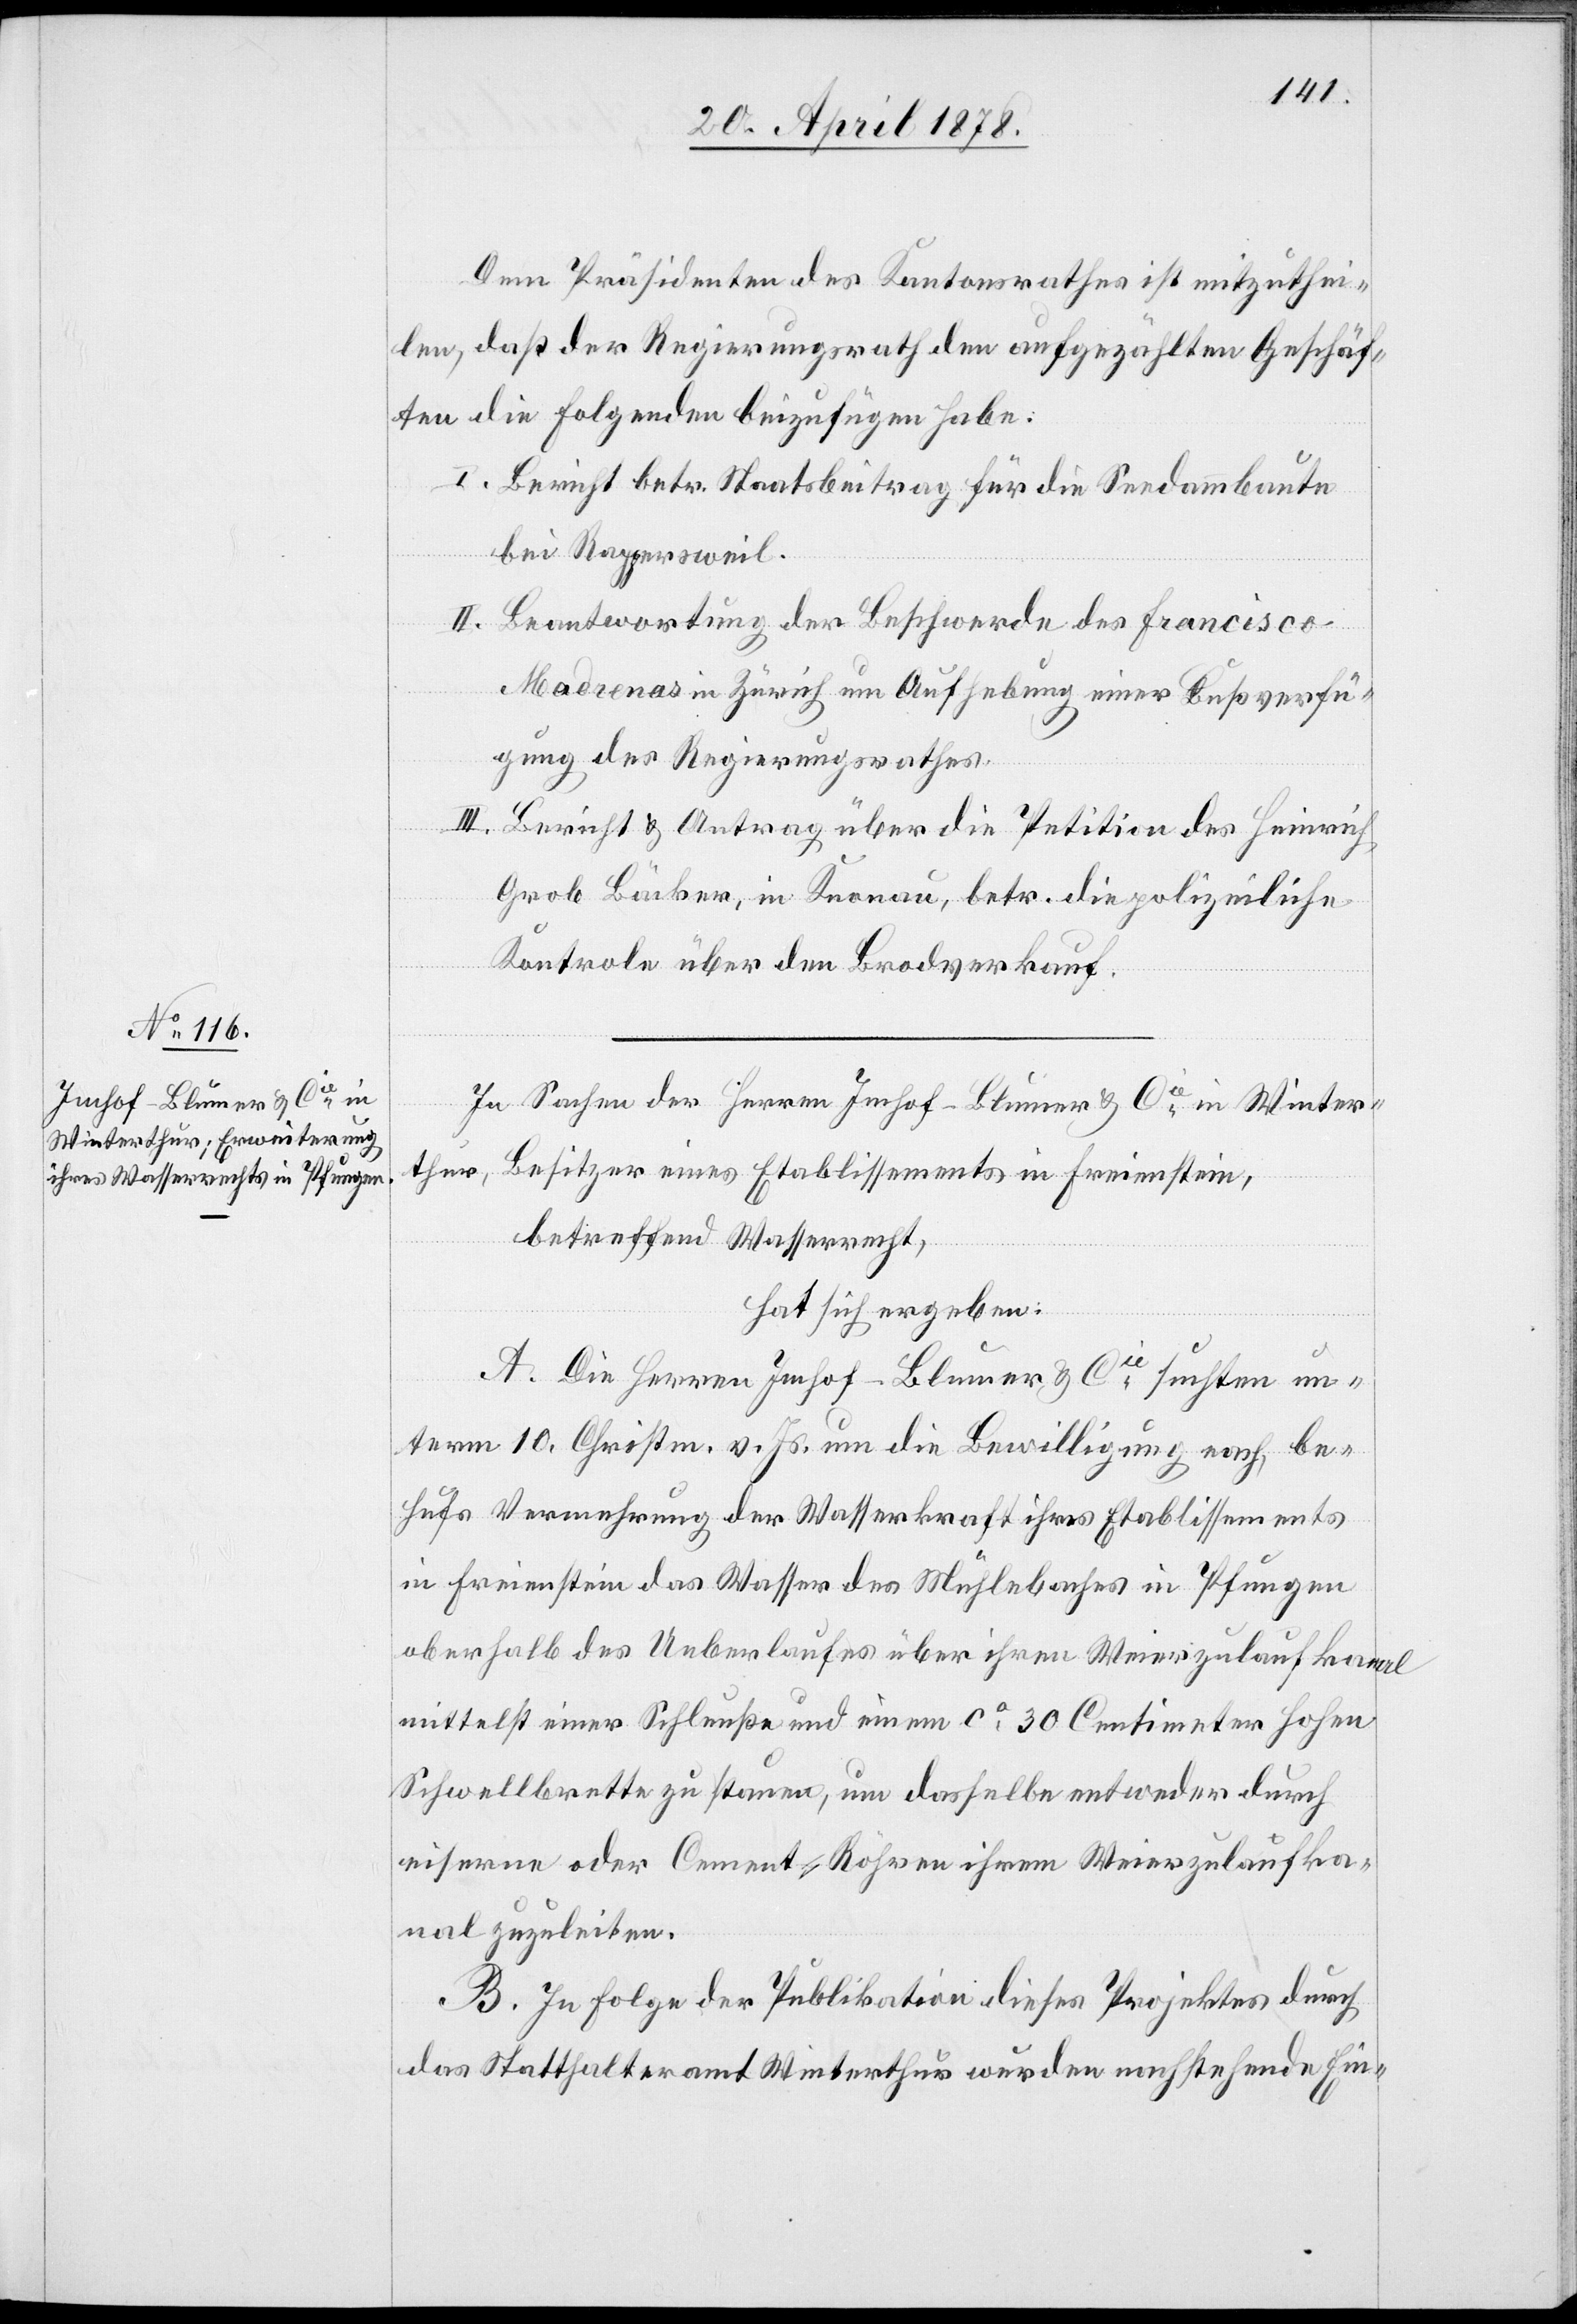
Dem Präsidenten des Kantonsrathes ist mitzuthei¬
len, daß der Regierungsrath den aufgezählten Geschäf¬
ten die folgenden beizufügen habe:
I. Bericht betr. Staatsbeitrag für die Seedammbaute
bei Rappersweil.
II. Beantwortung der Beschwerde des Francisco
Madrenas in Zürich um Aufhebung einer Bußverfü¬
gung des Regierungsrathes.
III. Bericht & Antrag über die Petition des Heinrich
Grob Bäcker, in Knonau, betr. die polizeiliche
Kontrole über den Brodverkauf.
In Sachen der Herren Imhof-Blumer & Cie in Winter¬
thur, Besitzer eines Etablissements in Freienstein,
betreffend Wasserrecht,
hat sich ergeben:
A. Die Herren Imhof-Blumer & Cie suchten un¬
term 10. Christm. v. Js. um die Bewilligung nach, be¬
hufs Vermehrung der Wasserkraft ihres Etablissements
in Freienstein das Wasser des Mühlebaches in Pfungen
oberhalb des Umlaufes über ihren Weierzulaufkanal
mittelst einer Schleuße und einem ca 30 Centimeter hohen
Schwellbrette zu stauen, um dasselbe entweder durch
eiserne oder Cement-Röhren ihrem Weierzulaufka¬
nal zuzuleiten.
B. In Folge der Publikation dieses Projektes durch
das Statthalteramt Winterthur wurden nachstehende Ein-